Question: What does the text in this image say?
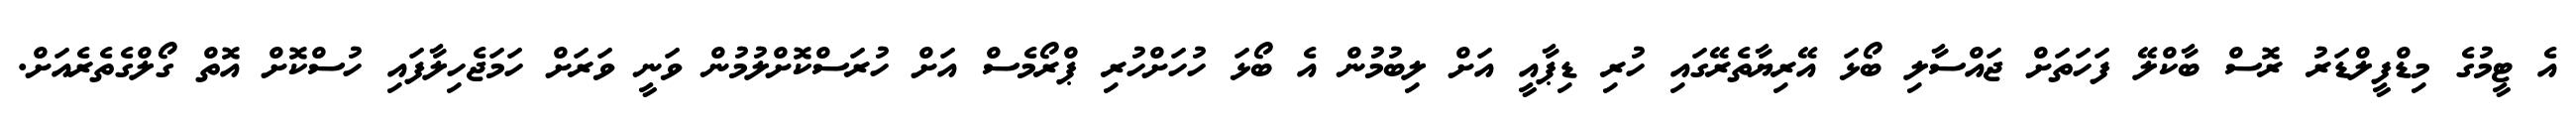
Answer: އެ ޓީމުގެ މިޑްފީލްޑަރު ރޮސް ބާކްލޭ ފަހަތަށް ޖައްސާލި ބޯޅަ އޭރިޔާތެރޭގައި ހުރި ޑިޕާއީ އަށް ލިބުމުން އެ ބޯޅަ ހުހަށްހުރި ޕްރޯމެސް އަށް ހުރަސްކޮށްލުމުން ވަނީ ވަރަށް ހަމަޖެހިލާފައި ހުސްކޮށް އޮތް ގޯލްގެތެރެއަށް.